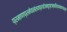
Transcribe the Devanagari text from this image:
प्रमाणप्रमेयसंशयप्रयोजनदृष्टान्तसिद्धान्तावयवतर्क